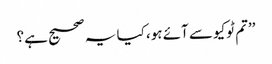
’’تم ٹوکیو سے آئے ہو، کیا یہ صحیح ہے؟